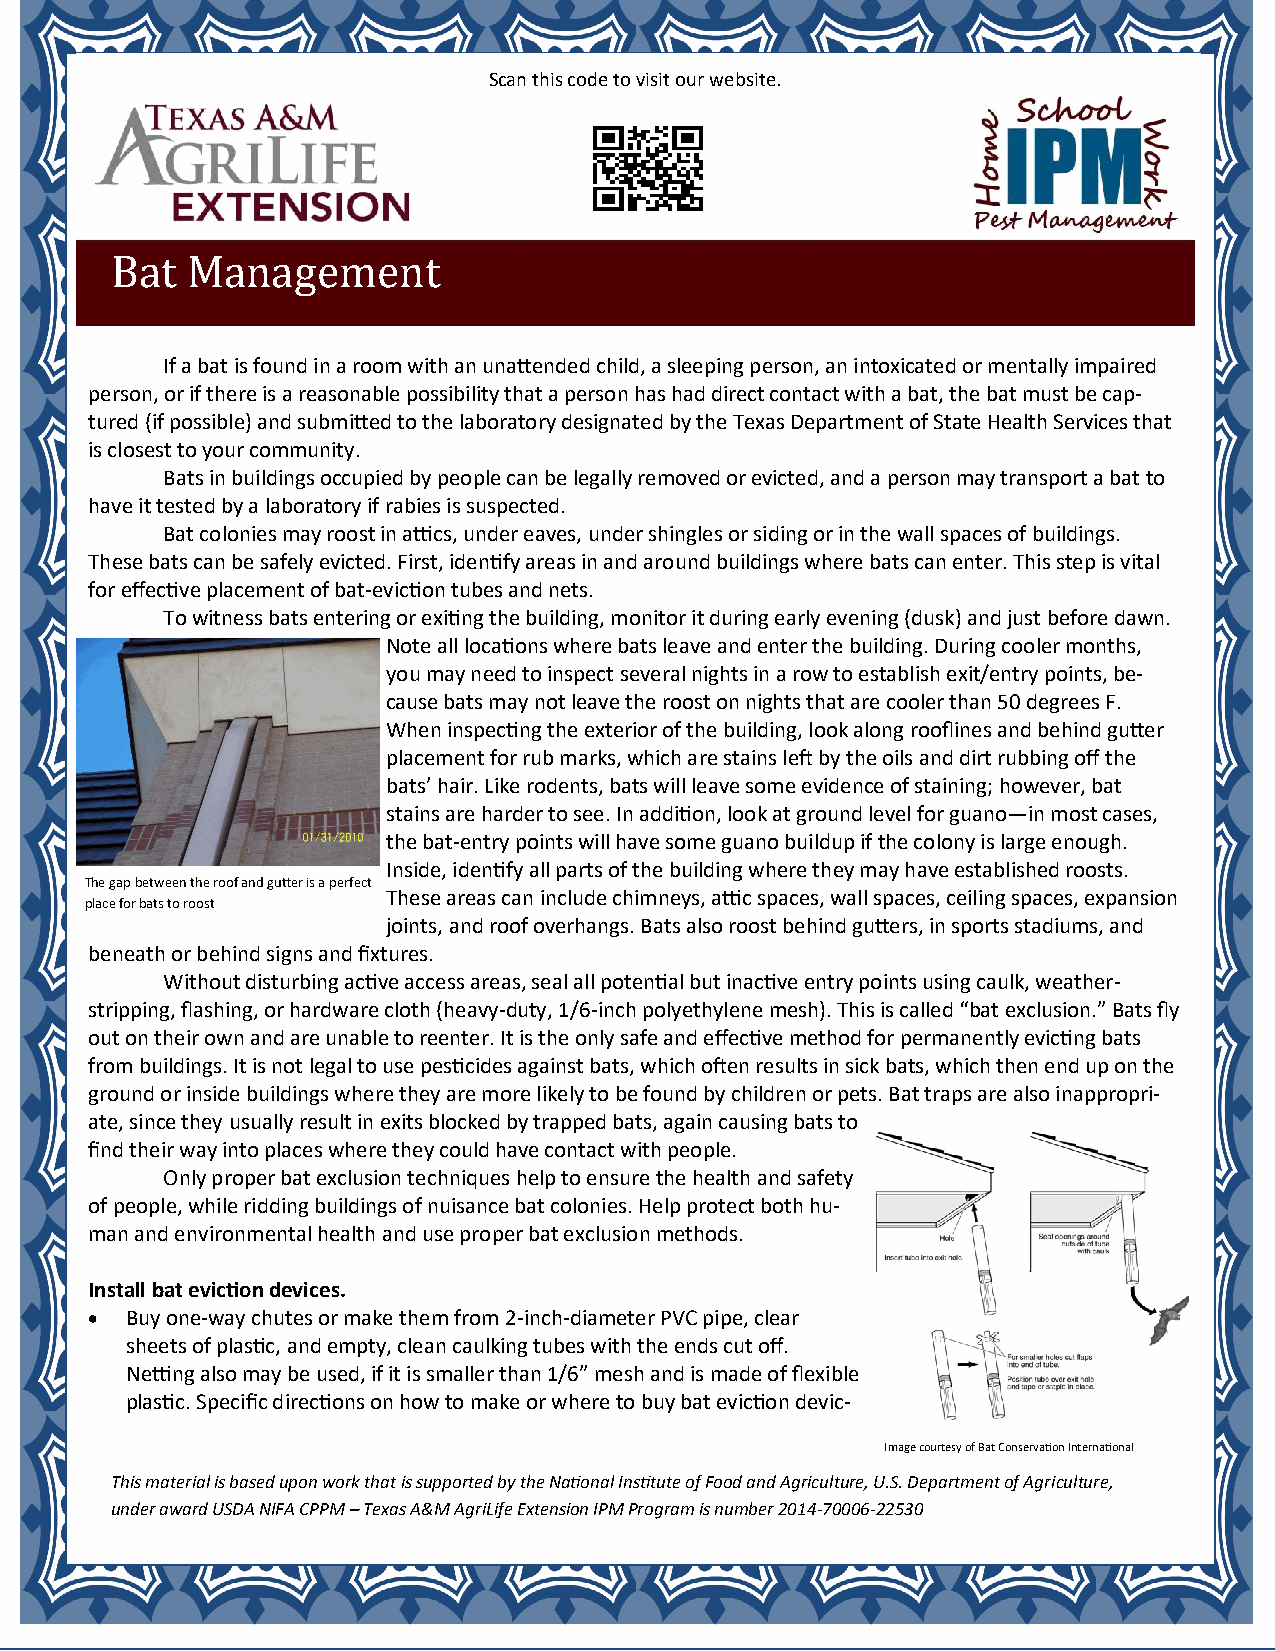
Scan this code to visit our website.
 Bat  Management
 If a bat is found in a room with an unattended child, a sleeping person, an intoxicated or mentally impaired
 person, or if there is a reasonable possibility that a person has had direct contact with a bat, the bat must be cap-
 tured (if possible) and submitted to the laboratory designated by the Texas Department of State Health Services that
 is closest to your community.
 Bats in buildings occupied by people can be legally removed or evicted, and a person may transport a bat to
 have it tested by a laboratory if rabies is suspected.
 Bat colonies may roost in attics, under eaves, under shingles or siding or in the wall spaces of buildings.
 These bats can be safely evicted. First, identify areas in and around buildings where bats can enter. This step is vital
 for effective placement of bat-eviction tubes and nets.
 To witness bats entering or exiting the building, monitor it during early evening (dusk) and just before dawn.
 Note all locations where bats leave and enter the building. During cooler months,
 you may need to inspect several nights in a row to establish exit/entry points, be-
 cause bats may not leave the roost on nights that are cooler than 50 degrees F.
 When inspecting the exterior of the building, look along rooflines and behind gutter
 placement for rub marks, which are stains left by the oils and dirt rubbing off the
 bats’ hair. Like rodents, bats will leave some evidence of staining; however, bat
 stains are harder to see. In addition, look at ground level for guano—in most cases,
 the bat-entry points will have some guano buildup if the colony is large enough.
 Inside, identify all parts of the building where they may have established roosts.
 The gap between the roof and gutter is a perfect
 These areas can include chimneys, attic spaces, wall spaces, ceiling spaces, expansion
 place for bats to roost
 joints, and roof overhangs. Bats also roost behind gutters, in sports stadiums, and
 beneath or behind signs and fixtures.
 Without disturbing active access areas, seal all potential but inactive entry points using caulk, weather-
 stripping, flashing, or hardware cloth (heavy-duty, 1/6-inch polyethylene mesh). This is called “bat exclusion.” Bats fly
 out on their own and are unable to reenter. It is the only safe and effective method for permanently evicting bats
 from buildings. It is not legal to use pesticides against bats, which often results in sick bats, which then end up on the
 ground or inside buildings where they are more likely to be found by children or pets. Bat traps are also inappropri-
 ate, since they usually result in exits blocked by trapped bats, again causing bats to
 find their way into places where they could have contact with people.
 Only proper bat exclusion techniques help to ensure the health and safety
 of people, while ridding buildings of nuisance bat colonies. Help protect both hu-
 man and environmental health and use proper bat exclusion methods.
 Install bat eviction devices.
 • Buy one-way chutes or make them from 2-inch-diameter PVC pipe, clear
 sheets of plastic, and empty, clean caulking tubes with the ends cut off.
 Netting also may be used, if it is smaller than 1/6” mesh and is made of flexible
 plastic. Specific directions on how to make or where to buy bat eviction devic-
 Image courtesy of Bat Conservation International
 This material is based upon work that is supported by the National Institute of Food and Agriculture, U.S. Department of Agriculture,
 under award USDA NIFA CPPM – Texas A&M AgriLife Extension IPM Program is number 2014-70006-22530